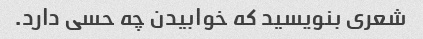
شعری بنویسید که خوابیدن چه حسی دارد.